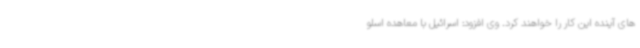
های آینده این کار را خواهند کرد. وی افزود: اسرائیل با معاهده اسلو